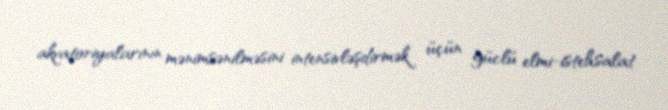
akvatoriyalarının mənimsənilməsini intensivləşdirmək üçün güclü elmi-istehsalat